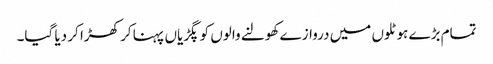
تمام بڑے ہوٹلوں میں دروازے کھولنے والوں کو پگڑیاں پہنا کر کھڑا کر دیا گیا۔